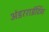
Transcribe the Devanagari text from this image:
अंडरराईटिंग